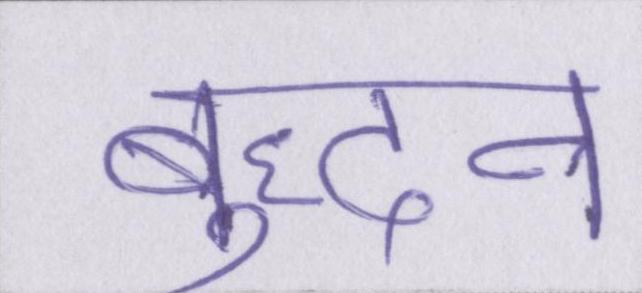
बुद्धन